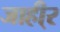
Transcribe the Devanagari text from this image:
जाही्र